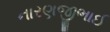
નારણજીભાઈ